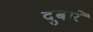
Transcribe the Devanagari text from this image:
दुबारें